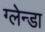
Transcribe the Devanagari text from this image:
ग्लेन्डा